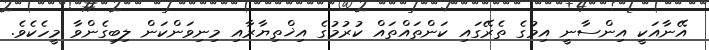
އޭނާއަކީ އިންސާނީ އިމުގެ ތެރޭގައި ކަންތައްތައް ކުރުމުގެ އިޚްތިޔާރާއި މިނިވަންކަން ލިބިގެންވާ މީހެކެވެ.